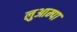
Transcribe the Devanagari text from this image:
लुआम्पा